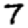
Digit: 7